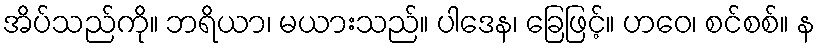
အိပ်သည်ကို။ ဘရိယာ၊ မယားသည်။ ပါဒေန၊ ခြေဖြင့်။ ဟဝေ၊ စင်စစ်။ န